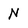
Character: N